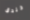
خندق